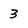
Character: 3